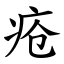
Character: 疮